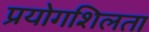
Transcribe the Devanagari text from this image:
प्रयोगशिलता